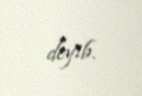
deyib.